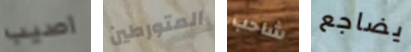
اصيب المتورطين شاحب يضاجع